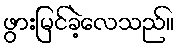
ဖွားမြင်ခဲ့လေသည်။